Insane asylums in Bengal annual reports 1867-1875 - 1867-1875
Year: 1867
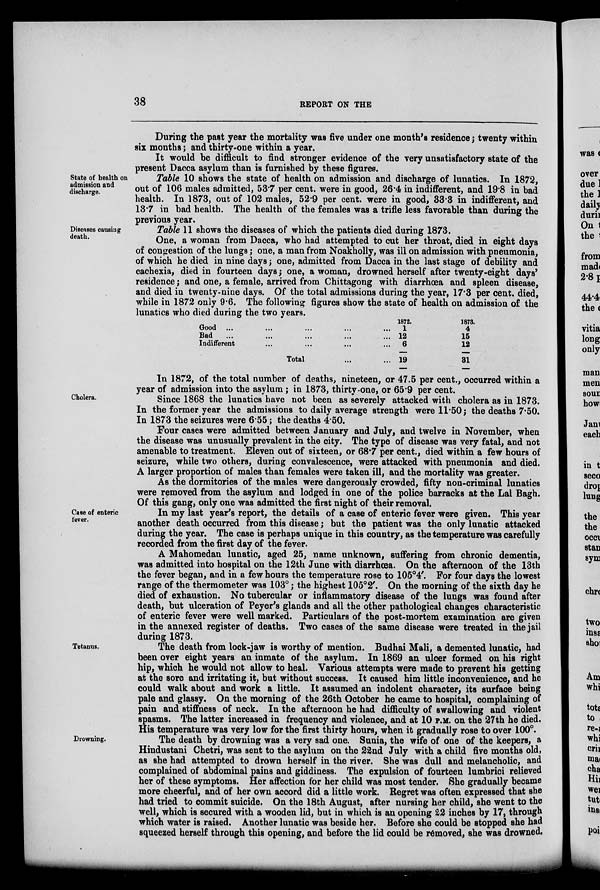
38
REPORT ON THE
During the past year the mortality was five under one month's residence; twenty within
six months; and thirty-one within a year.
It would be difficult to find stronger evidence of the very unsatisfactory state of the
present Dacca asylum than is furnished by these figures.
State of health on
admission and
discharge.
Table 10 shows the state of health on admission and discharge of lunatics. In 1872,
out of 106 males admitted, 53.7 per cent. were in good, 26.4 in indifferent, and 19.8 in bad
health. In 1873, out of 102 males, 52.9 per cent. were in good, 33.3 in indifferent, and
13.7 in bad health. The health of the females was a trifle less favorable than during the
previous year.
Diseases causing
death.
Table 11 shows the diseases of which the patients died during 1873.
One, a woman from Dacca, who had attempted to cut her throat, died in eight days
of congestion of the lungs; one, a man from Noakholly, was ill on admission with pneumonia,
of which he died in nine days; one, admitted from Dacca in the last stage of debility and
cachexia, died in fourteen days; one, a woman, drowned herself after twenty-eight days'
residence; and one, a female, arrived from Chittagong with diarrhœa and spleen disease,
and died in twenty-nine days. Of the total admissions during the year, 17.3 per cent. died,
while in 1872 only 9.6. The following figures show the state of health on admission of the
lunatics who died during the two years.
Good ...
...
...
...
...
Bad
...
... ... ... ...
Indifferent ... ... ... ...
Total ... ...
1872.
1
12
6
19
1873.
4
15
12
31
Cholera.
In 1872, of the total number of deaths, nineteen, or 47.5 per cent., occurred within a
year of admission into the asylum; in 1873, thirty-one, or 65.9 per cent.
Since 1868 the lunatics have not been as severely attacked with cholera as in 1873.
In the former year the admissions to daily average strength were 11.50; the deaths 7.50.
In 1873 the seizures were 6.55 ; the deaths 4.50.
Four cases were admitted between January and July, and twelve in November, when
the disease was unusually prevalent in the city. The type of disease was very fatal, and not
amenable to treatment. Eleven out of sixteen, or 68.7 per cent., died within a few hours of
seizure, while two others, during convalescence, were attacked with pneumonia and died.
A larger proportion of males than females were taken ill, and the mortality was greater.
As the dormitories of the males were dangerously crowded, fifty non-criminal lunatics
were removed from the asylum and lodged in one of the police barracks at the Lal Bagh.
Of this gang, only one was admitted the first night of their removal.
Case of enteric
fever.
In my last year's report, the details of a case of enteric fever were given. This year
another death occurred from this disease ; but the patient was the only lunatic attacked
during the year. The case is perhaps unique in this country, as the temperature was carefully
recorded from the first day of the fever.
A Mahomedan lunatic, aged 25, name unknown, suffering from chronic dementia,
was admitted into hospital on the 12th June with diarrhoea. On the afternoon of the 13th
the fever began, and in a few hours the temperature rose to 105°4'. For four days the lowest
range of the thermometer was 103° ; the highest 105°2'. On the morning of the sixth day he
died of exhaustion. No tubercular or inflammatory disease of the lungs was found after
death, but ulceration of Peyer's glands and all the other pathological changes characteristic
of enteric fever were well marked. Particulars of the post-mortem examination are given
in the annexed register of deaths. Two cases of the same disease were treated in the jail
during 1873.
Tetanus.
The death from lock-jaw is worthy of mention. Budhai Mali, a demented lunatic, had
been over eight years an inmate of the asylum. In 1869 an ulcer formed on his right
hip, which he would not allow to heal. Various attempts were made to prevent his getting
at the sore and irritating it, but without success. It caused him little inconvenience, and he
could walk about and work a little. It assumed an indolent character, its surface being
pale and glassy. On the morning of the 26th October he came to hospital, complaining of
pain and stiffness of neck. In the afternoon he had difficulty of swallowing and violent
spasms. The latter increased in frequency and violence, and at 10 P.M. on the 27th he died.
His temperature was very low for the first thirty hours, when it gradually rose to over 100°.
Drowning.
The death by drowning was a very sad one. Sunia, the wife of one of the keepers, a
Hindustani Chetri, was sent to the asylum on the 22nd July with a child five months old,
as she had attempted to drown herself in the river. She was dull and melancholic, and
complained of abdominal pains and giddiness. The expulsion of fourteen lumbrici relieved
her of these symptoms. Her affection for her child was most tender. She gradually became
more cheerful, and of her own accord did a little work. Regret was often expressed that she
had tried to commit suicide. On the 18th August, after nursing her child, she went to the
well, which is secured with a wooden lid, but in which is an opening 22 inches by 17, through
which water is raised. Another lunatic was beside her. Before she could be stopped she had
squeezed herself through this opening, and before the lid could be removed, she was drowned.